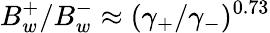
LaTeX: B_{w}^{+}/B_{w}^{-}\approx(\gamma_{+}/\gamma_{-})^{0.73}